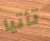
تأتيا